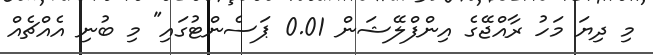
މި ދިޔަ މަހު ރާއްޖޭގެ އިންފްލޭޝަން 0.01 ޕަސެންޓުގައި" މި ބުނި އެއްޗެއް